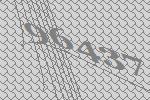
96437